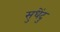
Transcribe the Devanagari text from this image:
सुधेंदु